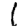
Digit: 1